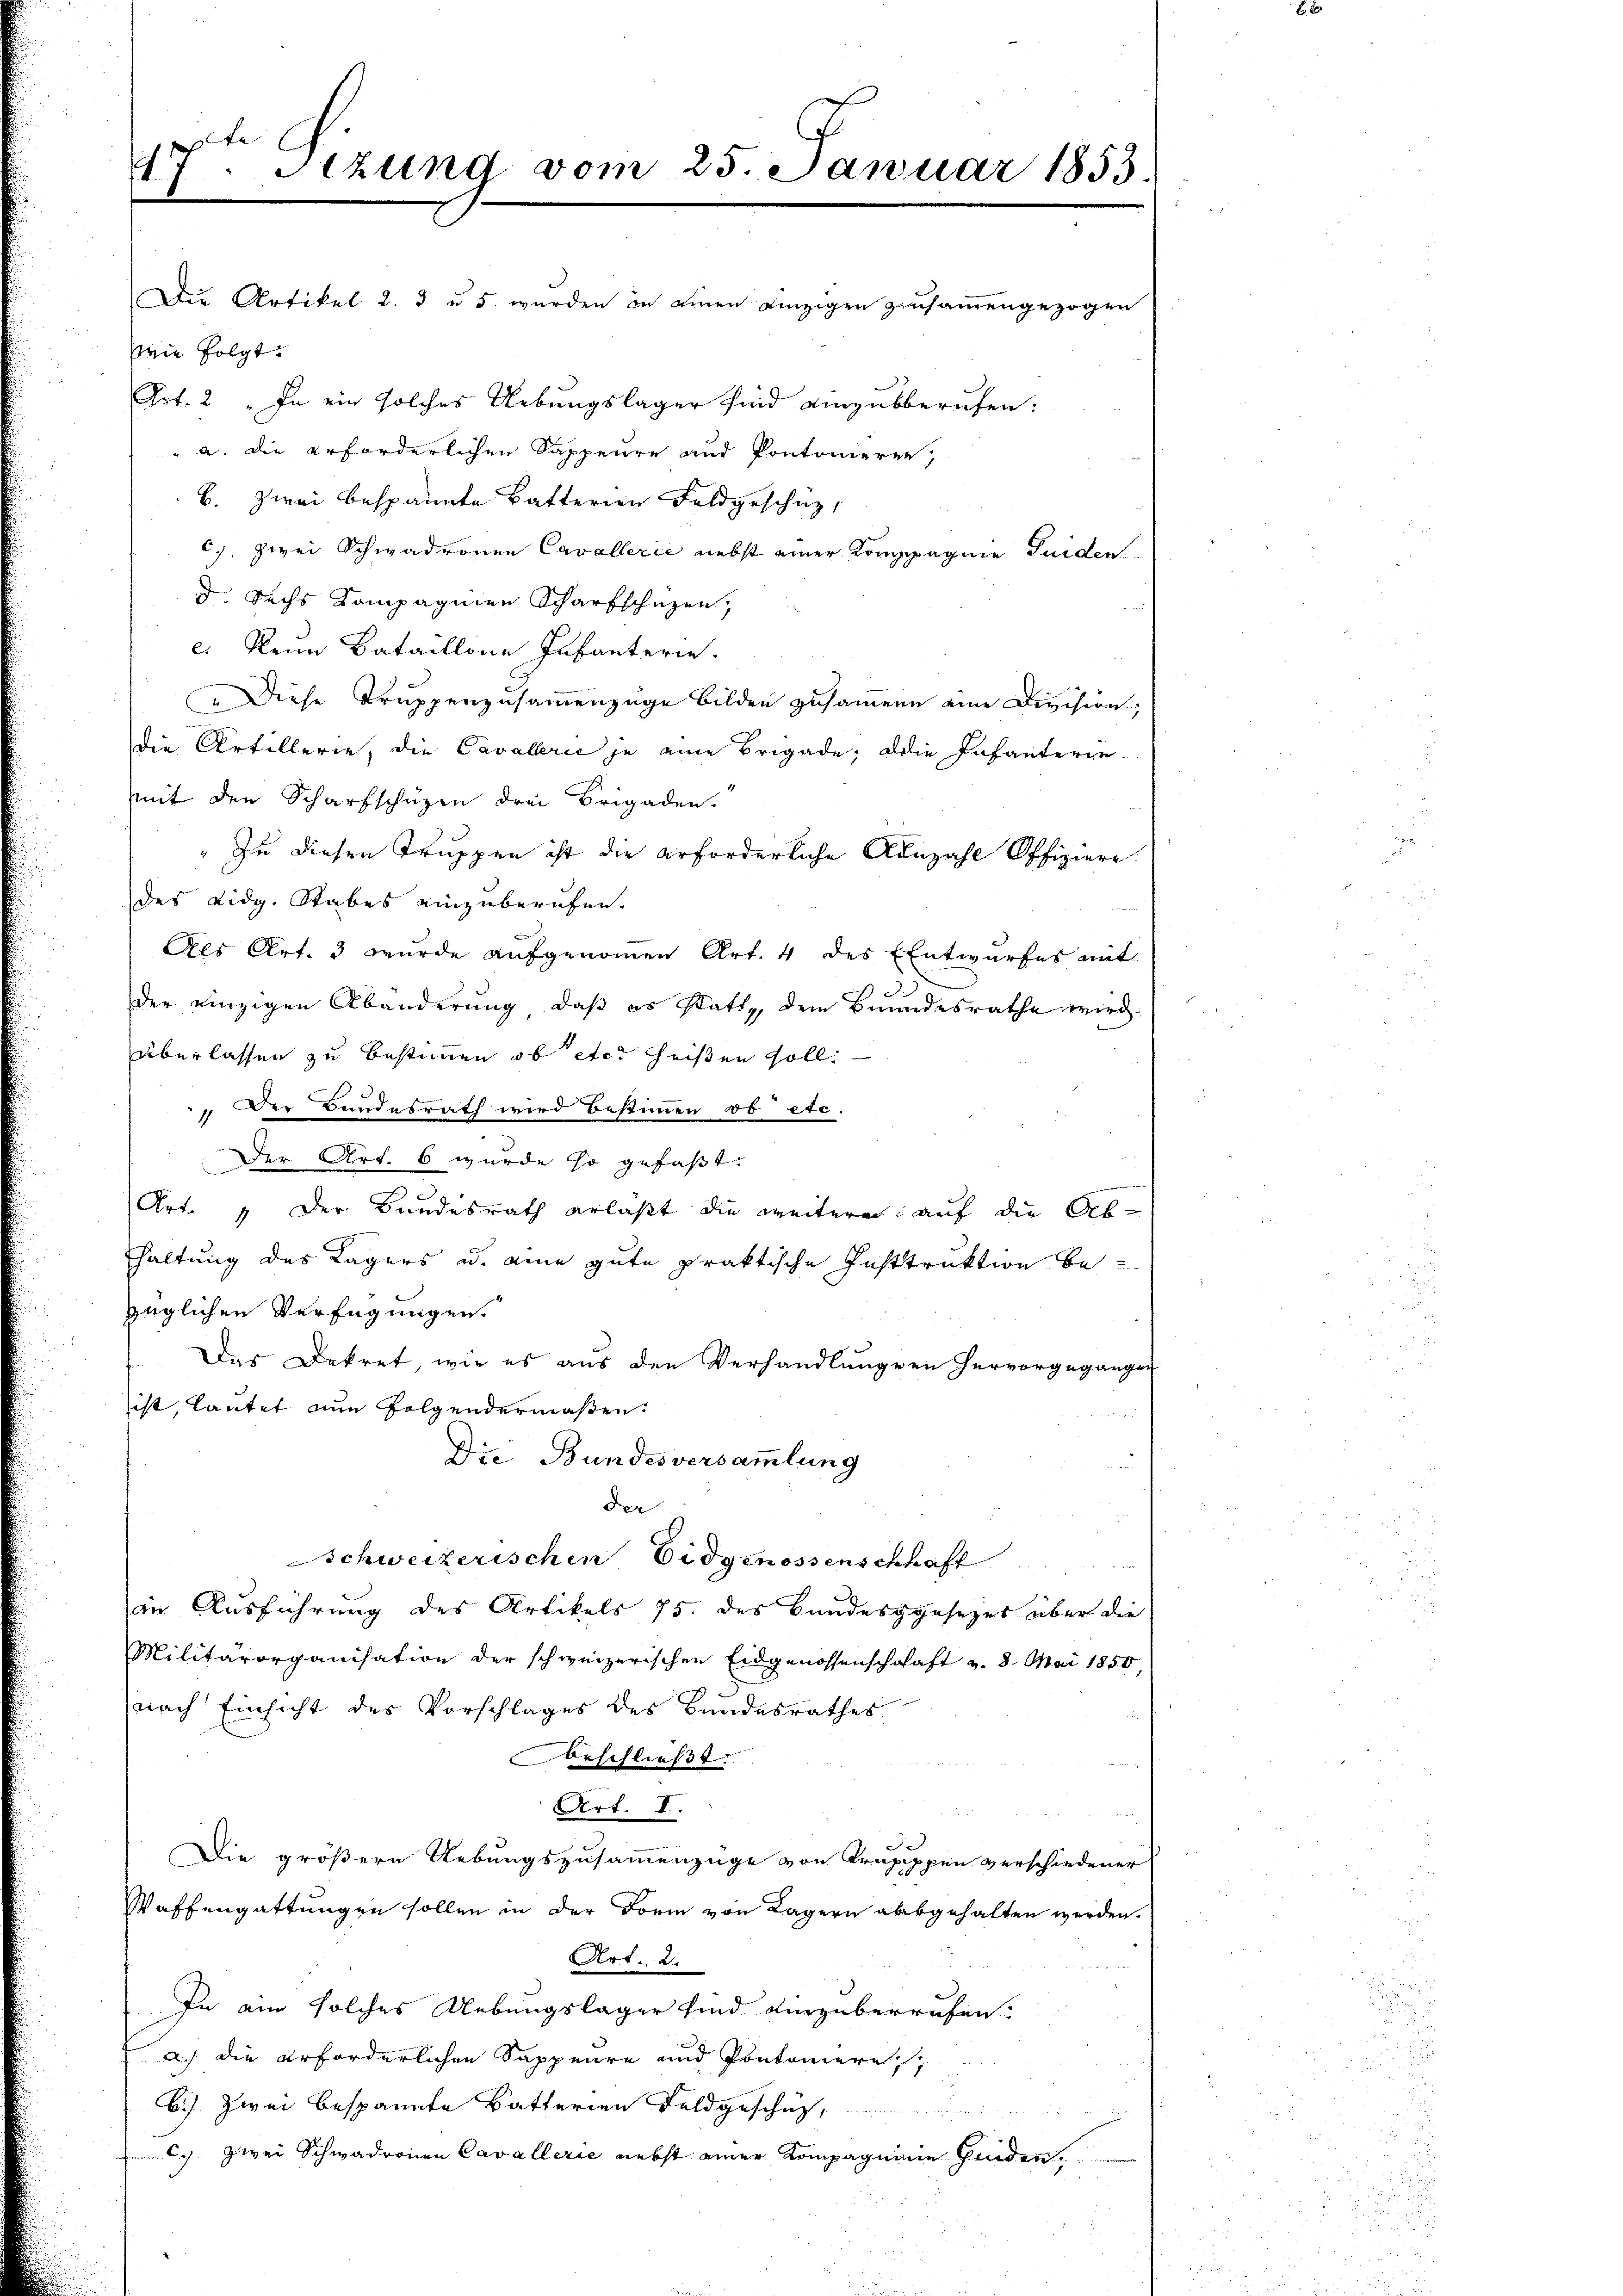
17. Sizung vom 25. Januar 1853.
Die Artikel 2. 3 u. 5 wurden in einen einzigen zusammengezogen

wie folgt.
Art. 2 „In ein solches Uebungslager sind einzubberufen:
" u. die erforderlichen Sappeure und Pontonieren,
B. zwei bespannte Batterien Feldgeschuz,
c). zwei Schwadronen Cavallerie nebst einer Kompagnie Guiden
d Sechs Kompagnien Scharfschuzen,
e: Nein Bataillone Infanterie.
„Diese Truppenzusammenzüge bilden zusammene eine Division,
Die Artillerie, die Cavallerie je eine Brigade; die Infanterie-
mit den Scharfschüzen drei Brigaden.
 Zu diesen Truppen ist die erforderliche Anzahl Offiziere
des Lidg. Stabes einzuberufen.
Als Art. 3 wurde aufgenommen Art. 4 des Entwurfes mit
der einzigen Abänderung, daß es statte, dem Brundesrathe wird
überlassen zu bestimmen, ob etc. heißen soll.
Der Bundesrath wird bestimmen ob etc.
1
Der Art. 6 wurde so gefaßt.
Art. „Der Bundesrath erlaßt die weitere, auf die Ab-
haltung des Lagers u. eine gute praktische Inststruktion beüglichen Verfügungen.
Das Dekret, wie es aus den Verhandlŭngen hervorgegangen
ist, lautet nun folgendermaßen.
Die Bundesversammlung
der
Schweizerischen Eidgenossenschhaft
in Ausführung des Artikels 15. des Bundesgesezes über die
Militärorganisation der schweizerischen Eidgenossenschaft v. 8. Mai 1850,
(nach Einsicht des Vorschlages des Bundesrathes
erschließt:
Art. I.
Die größern Uebungszusammenzüge von Trupippen verschiedener
Waffengattungen sollen in der Form von Lagern abgehalten werden.
Art. 2.
In ein solches Uebungslager sind einzuberrufen.
a. die erforderlichen Sappeure und Pontoniere
b.) Zwei bespannte Batterien Feldgeschäz,
C.) zwei Schwadronen Cavallerie nebst einer Kompagnien finden.